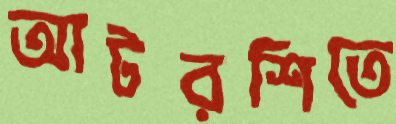
আটরশিতে